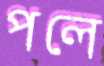
পলে